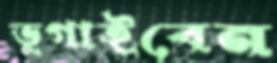
ভুগাইবেন